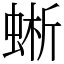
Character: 蜥